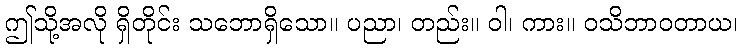
ဤသို့အလို ရှိတိုင်း သဘောရှိသော။ ပညာ၊ တည်း။ ဝါ၊ ကား။ ဝသိဘာဝတာယ၊